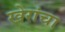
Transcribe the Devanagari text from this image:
खेरांचा